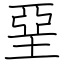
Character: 堊